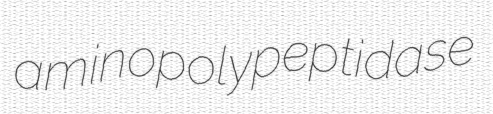
aminopolypeptidase